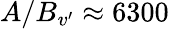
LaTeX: A/B_{v^{\prime}}\approx 6300